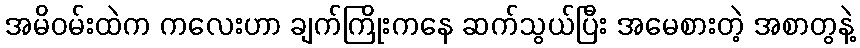
အမိဝမ်းထဲက ကလေးဟာ ချက်ကြိုးကနေ ဆက်သွယ်ပြီး အမေစားတဲ့ အစာတွနဲ့